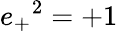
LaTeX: {e_{+}}^{2}=+1